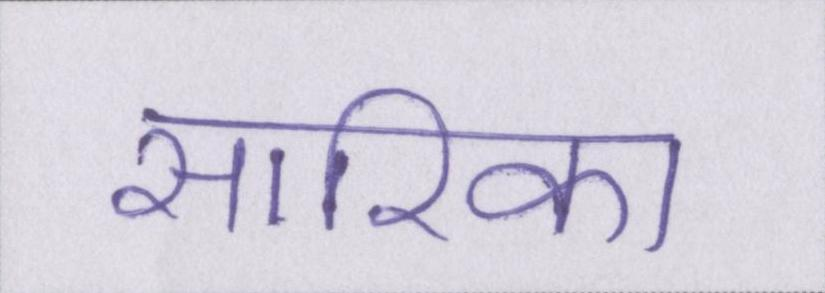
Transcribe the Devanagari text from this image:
सारिका